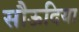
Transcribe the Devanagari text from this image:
सौऊदिया